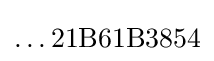
\ldots 21{\text{B}}61{\text{B}}3854